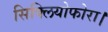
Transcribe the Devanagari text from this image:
सिक्लियोफोरा।